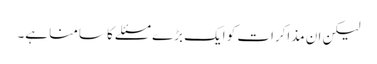
لیکن ان مذاکرات کو ایک بڑے مسئلے کا سامنا ہے۔